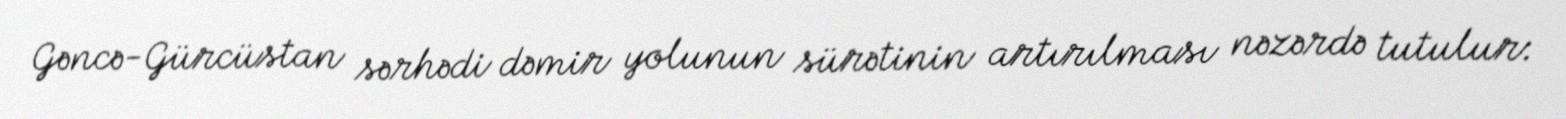
Gəncə-Gürcüstan sərhədi dəmir yolunun sürətinin artırılması nəzərdə tutulur: